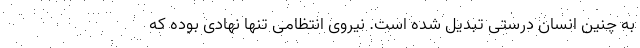
به چنین انسان درستی تبدیل شده است. نیروی انتظامی تنها نهادی بوده که